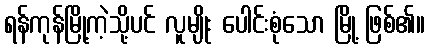
ရန်ကုန်မြို့ကဲ့သို့ပင် လူမျိုး ပေါင်းစုံသော မြို့ ဖြစ်၏။